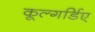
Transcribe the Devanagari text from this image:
कूल्गर्डिए